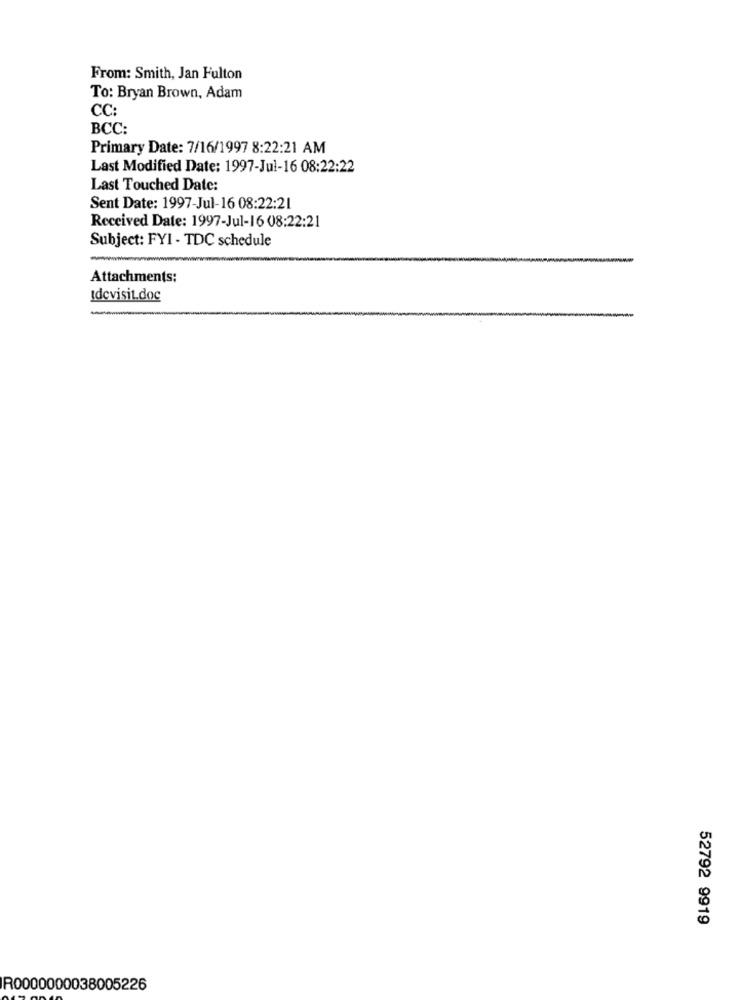
From: Smith, Jan Fulton
To: Bryan Brown, Adam
CC:
BCC:
Primary Date: 7/16/1997 8:22:21 AM
Last Modified Date: 1997-Jul-16 08:22:22
Last Touched Date:
Sent Date: 1997-Jul-16 08:22:21
Received Date: 1997-Jul-16 08:22:21
Subject: FYI - TDC schedule
Attachments:
Idcvisit.doc
52792 9919
R0000000038005226